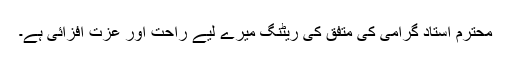
محترم استادِ گرامی کی متفق کی ریٹنگ میرے لیے راحت اور عزت افزائی ہے۔